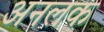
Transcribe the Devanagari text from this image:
अनलक